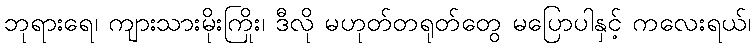
ဘုရားရေ၊ ကျားသားမိုးကြိုး၊ ဒီလို မဟုတ်တရုတ်တွေ မပြောပါနှင့် ကလေးရယ်၊